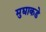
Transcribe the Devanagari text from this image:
मुद्याकडे